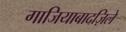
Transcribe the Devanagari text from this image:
गाजियाबादज़िले